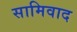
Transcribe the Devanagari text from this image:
सामिवाद